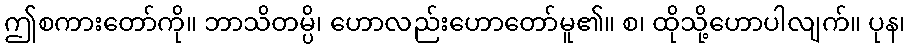
ဤစကားတော်ကို။ ဘာသိတမ္ပိ၊ ဟောလည်းဟောတော်မူ၏။ စ၊ ထိုသို့ဟောပါလျက်။ ပုန၊